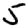
Digit: 5